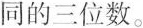
同的三位数。